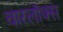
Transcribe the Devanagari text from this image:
वारलॉक्स